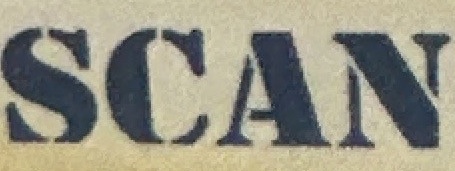
SCAN